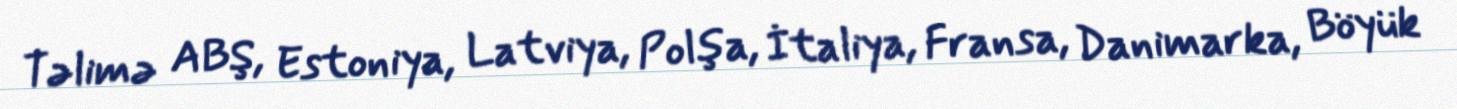
Təlimə ABŞ, Estoniya, Latviya, Polşa, İtaliya, Fransa, Danimarka, Böyük